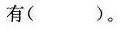
有()。